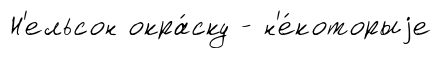
Н'ельсон окра́ску - н'е́которыjе